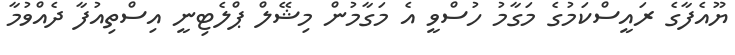
ޔޫއެފާގެ ރައީސްކަމުގެ މަގާމު ހުސްވީ އެ މަގާމުން މިޝޭލް ޕްލެޓިނީ އިސްތިއުފާ ދެއްވުމާ